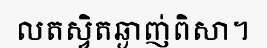
លតស្វិតឆ្ងាញ់ពិសា។